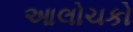
આલોચકો